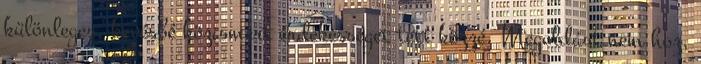
különleges, kevésbé közismert érdekességet tett közzé. Megoldást nem hoz,